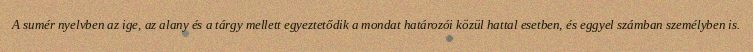
A sumér nyelvben az ige, az alany és a tárgy mellett egyeztetődik a mondat határozói közül hattal esetben, és eggyel számban személyben is.